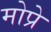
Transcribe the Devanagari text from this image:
मोप्रे